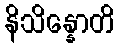
နိသိန္နောတိ